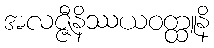
အလဇ္ဇီနိဿယဝတ္ထူနိ